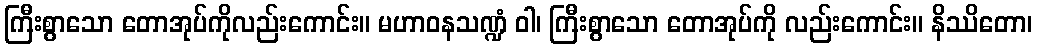
ကြီးစွာသော တောအုပ်ကိုလည်းကောင်း။ မဟာဝနသဏ္ဍံ ဝါ၊ ကြီးစွာသော တောအုပ်ကို လည်းကောင်း။ နိဿိတော၊